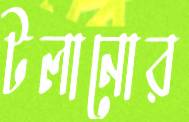
টলানোর